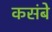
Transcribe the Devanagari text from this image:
कसंबे